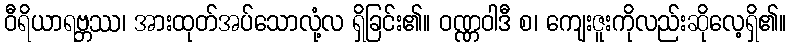
ဝီရိယာရဗ္ဘဿ၊ အားထုတ်အပ်သောလုံ့လ ရှိခြင်း၏။ ဝဏ္ဏဝါဒီ စ၊ ကျေးဇူးကိုလည်းဆိုလေ့ရှိ၏။